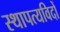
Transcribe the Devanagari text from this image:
स्थापत्यविदों